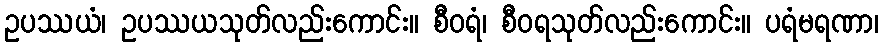
ဥပဿယံ၊ ဥပဿယသုတ်လည်းကောင်း။ စီဝရံ၊ စီဝရသုတ်လည်းကောင်း။ ပရံမရဏာ၊